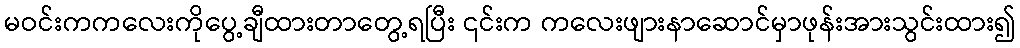
မဝင်းကကလေးကိုပွေ့ချီထားတာတွေ့ရပြီး ၎င်းက ကလေးဖျားနာဆောင်မှာဖုန်းအားသွင်းထား၍